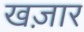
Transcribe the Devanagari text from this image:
खज़ार